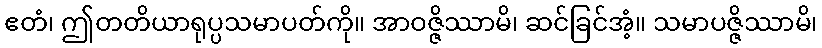
ဧတံ၊ ဤတတိယာရုပ္ပသမာပတ်ကို။ အာဝဇ္ဇိဿာမိ၊ ဆင်ခြင်အံ့။ သမာပဇ္ဇိဿာမိ၊